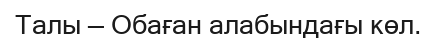
Талы — Обаған алабындағы көл.